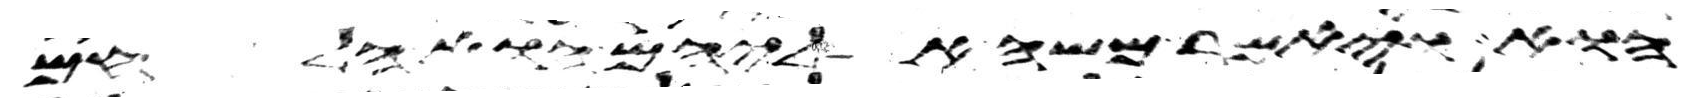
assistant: הוא ויאמר משה אליהם הוא הלחם